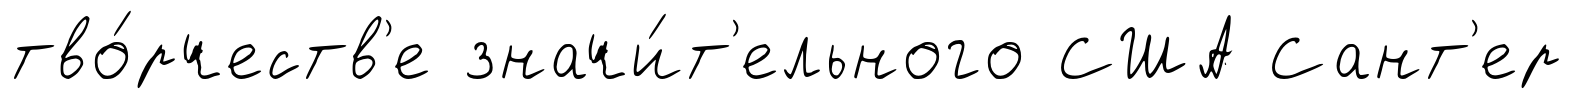
тво́рчеств'е значи́т'ельного США Сант'ер